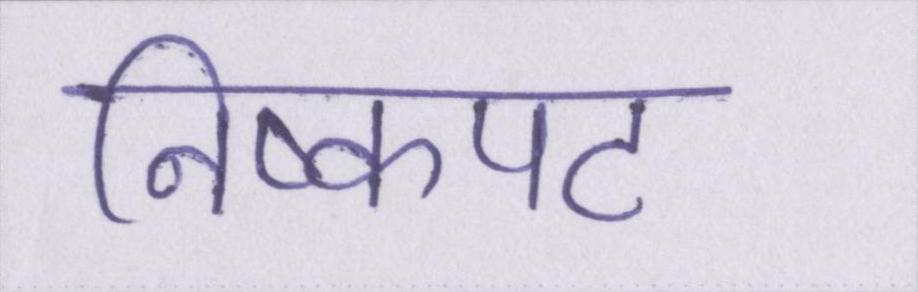
निष्कपट